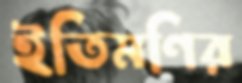
ইতিমণির